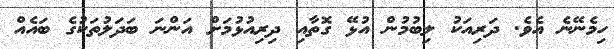
ހިމެނޭނެ އެވެ. ދަރިއަކު ލިބުމުން އުޅޭ ގޮތާއި ދިރިއުޅުމަށް އަންނަ ބަދަލުތަކުގެ ބައެއް